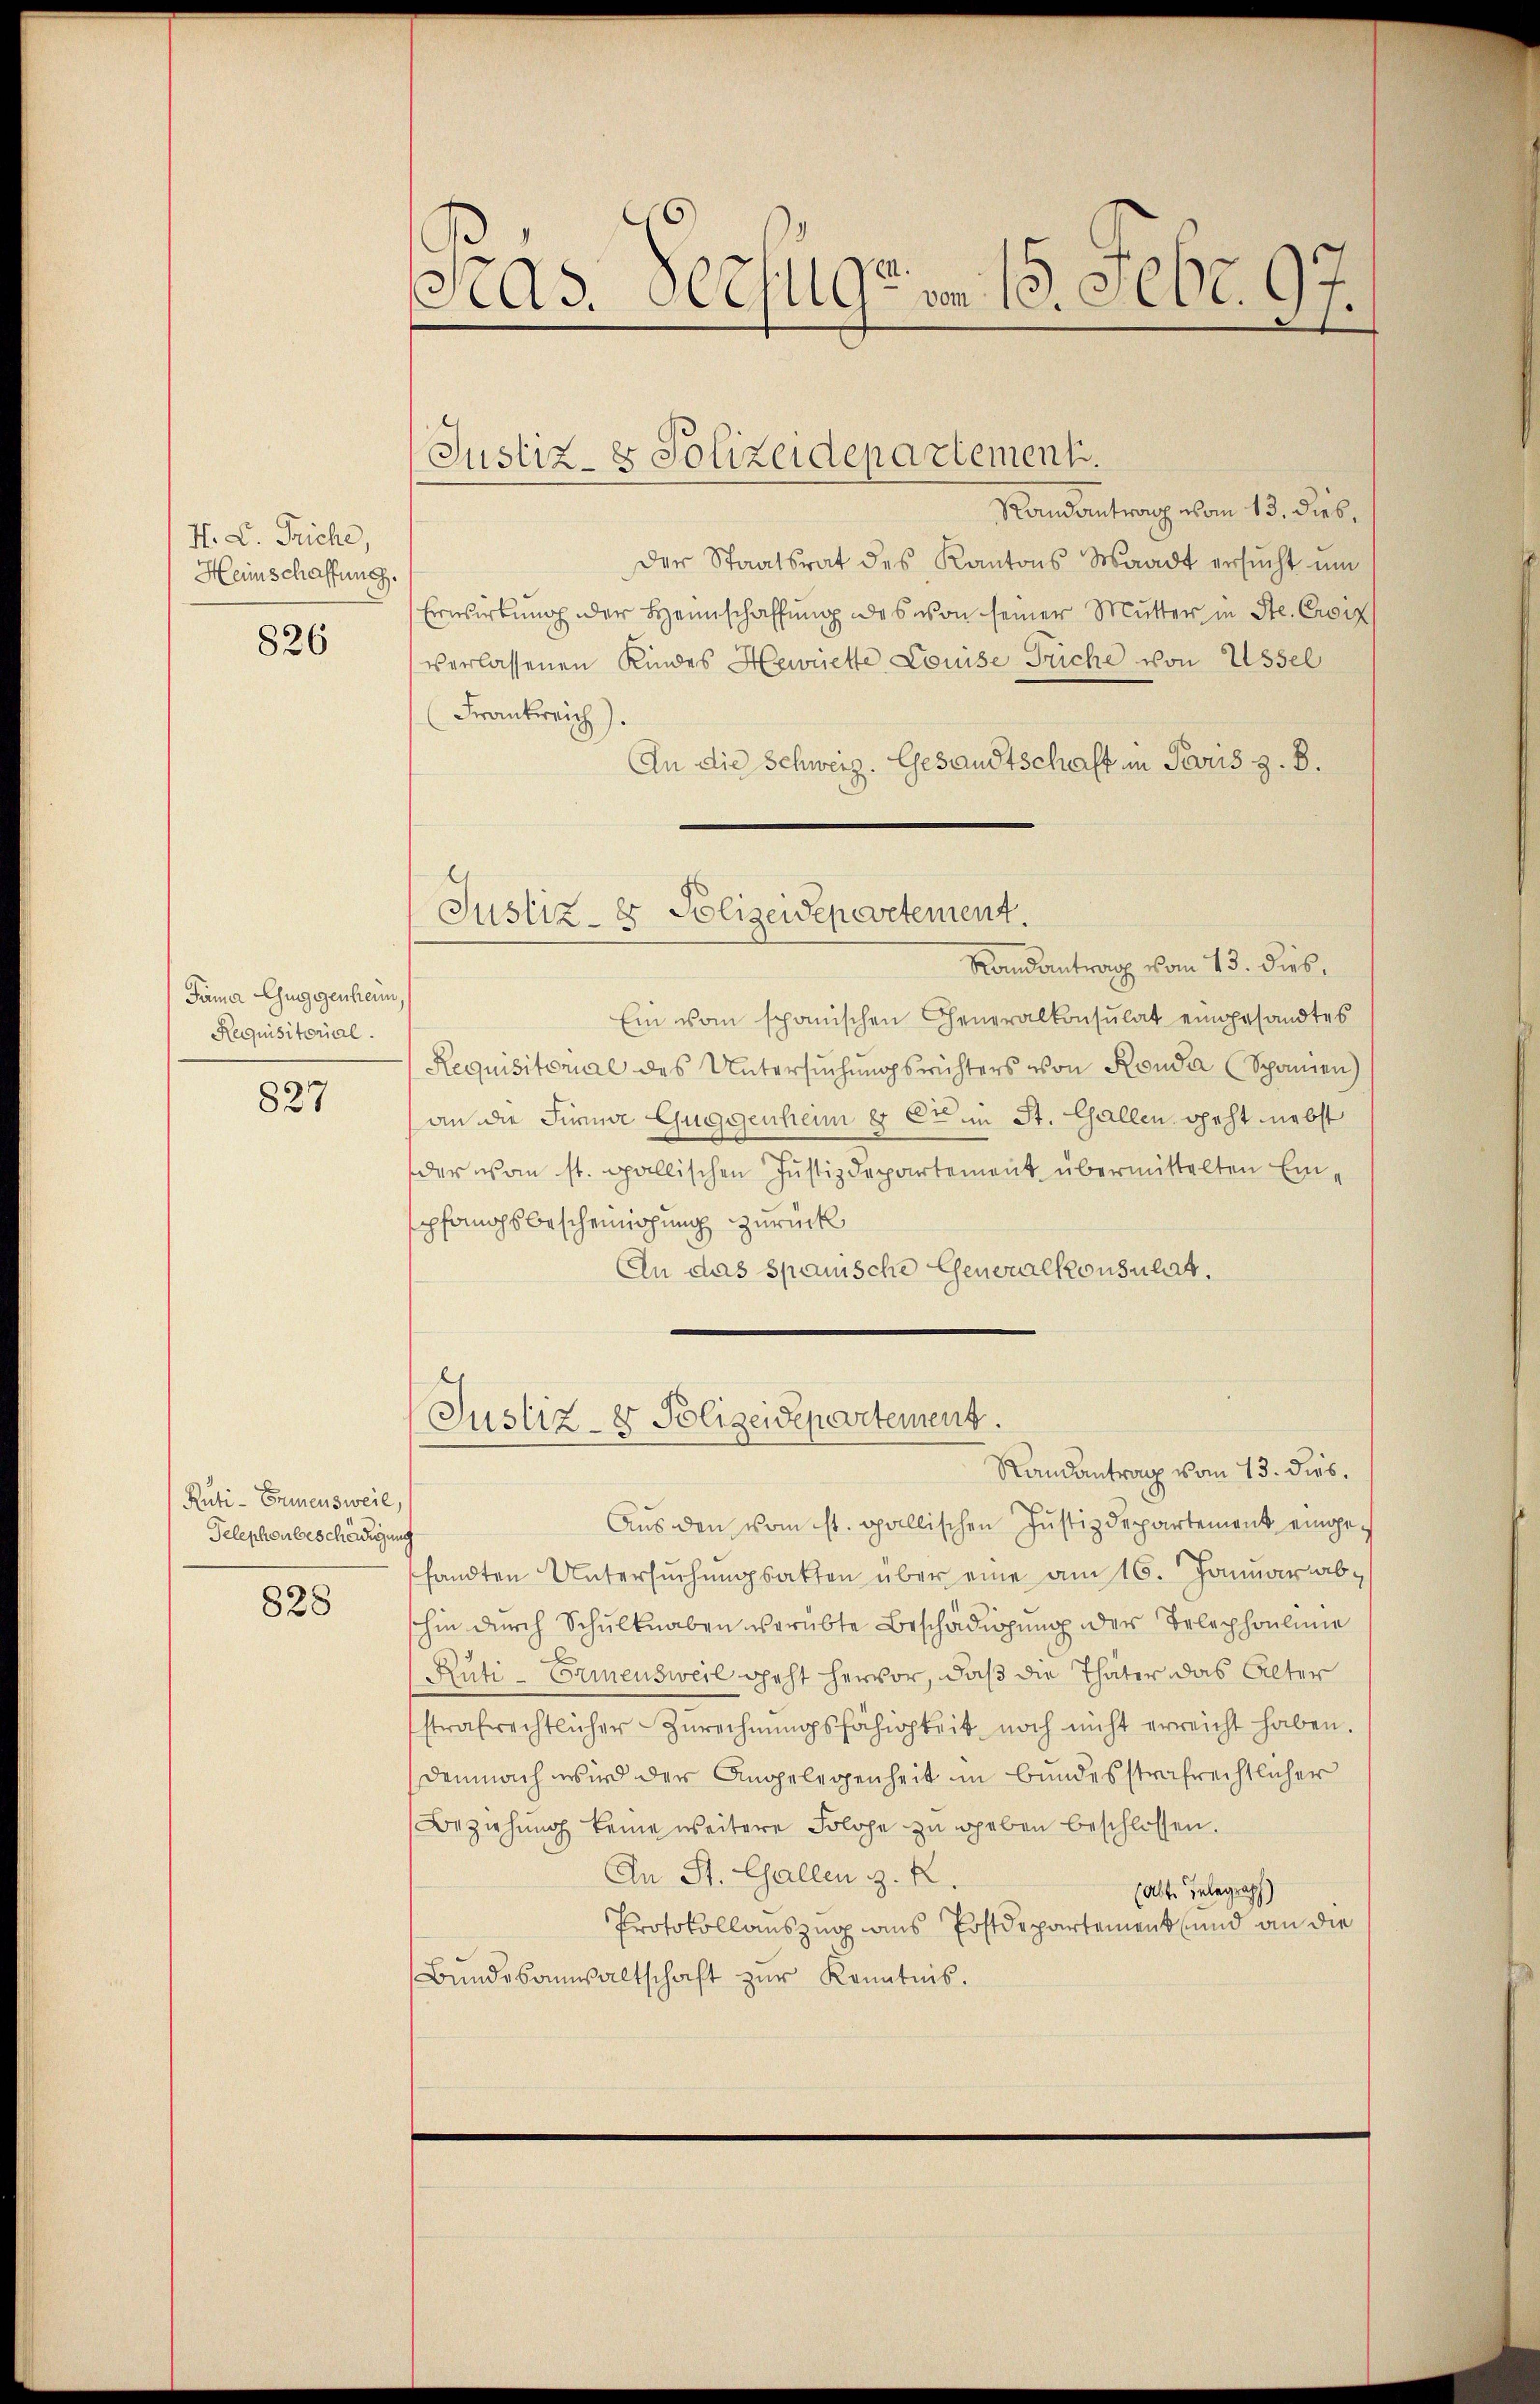
H. L. Triche,
Heinschaffung.

826

Fämer Guggenheim
Requisitorial.

827

Rüti-Ernensweil,
Telephonbeschädigun

828

Pras. Verfügen. 15. Febr. 97.

Randantrag vom 13. dies,
der Staatsrat des Kantons Waadt ersucht und
Erwirkung der Heimschaffung des von seiner Mutter in St. Croix
verlassenen Kindes Hewette Louise Früche von Ussel
Frankreich).
An die Schweiz. Gesandtschaft in Paris z. B.
Randantrag vom 13. dies
Ein vom spanischen Generalkonsulat eingesandtes
Requisitorial des Untersŭchŭngsrichters von Ronda Spanien)
an die Firma Guggenheim er er in St. Gallen geht nebst
der von st. gallischen Justizdepartement übermittelten Einpfangsbescheinigung zurück
An das Spanische Generalkonsulat,
Justiz- & Polizeidepartement.
Randantrag vom 13. dies
Aŭs den vom st. gallischen Justizdepartement eingesandten Untersuchungsakten über eine am 16. Januar ab
shin durch Schulknaben verübte Beschädigung der Telephoulinie
Rüti - Ermensweil geht hervor, daß die Thäter das Alter
sstrafrechtlicher Zurechnŭngsfähigkeit noch nicht erreicht haben.
Demnach wird der Angelegenheit in bundesstrafrechtlicher
Beziehung keine weitere Solche zu geben beschlossen.
An St. Gallen z. R.
(alte Gelegraph
Protokollauszug aus Erstdepartement und an die
Bŭndesanwaltschaft zŭr Kenntnis.

Justiz- & Polizeidepartement.

Justiz- & Polizeidepartement.